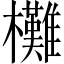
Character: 㰙